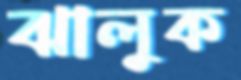
ঝালুক